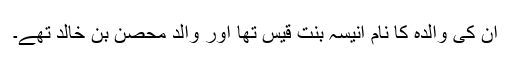
ان کی والدہ کا نام اَنِیْسَہ بنت قیس تھا اور والد مِحْصَن بن خالد تھے۔